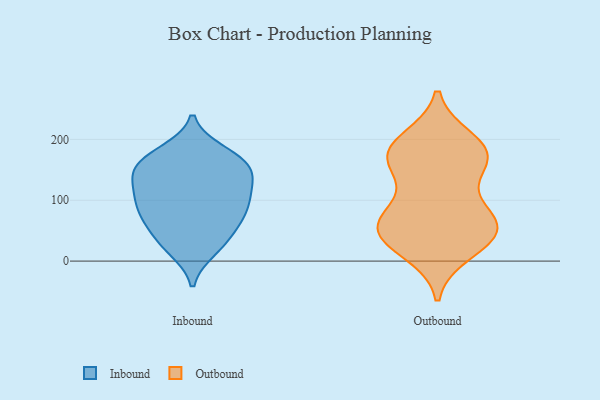
{"axis": {"x": "Inventory Turnover", "y": "Value"}, "legend": ["Inbound", "Outbound"], "data": [{"x": "", "y": 85, "type": "Inbound"}, {"x": "", "y": 69, "type": "Inbound"}, {"x": "", "y": 70, "type": "Inbound"}, {"x": "", "y": 153, "type": "Inbound"}, {"x": "", "y": 125, "type": "Inbound"}, {"x": "", "y": 165, "type": "Inbound"}, {"x": "", "y": 34, "type": "Inbound"}, {"x": "", "y": 142, "type": "Inbound"}, {"x": "", "y": 20, "type": "Inbound"}, {"x": "", "y": 124, "type": "Inbound"}, {"x": "", "y": 78, "type": "Inbound"}, {"x": "", "y": 163, "type": "Inbound"}, {"x": "", "y": 163, "type": "Inbound"}, {"x": "", "y": 30, "type": "Inbound"}, {"x": "", "y": 105, "type": "Inbound"}, {"x": "", "y": 178, "type": "Inbound"}, {"x": "", "y": 104, "type": "Inbound"}, {"x": "", "y": 43, "type": "Outbound"}, {"x": "", "y": 197, "type": "Outbound"}, {"x": "", "y": 181, "type": "Outbound"}, {"x": "", "y": 177, "type": "Outbound"}, {"x": "", "y": 164, "type": "Outbound"}, {"x": "", "y": 92, "type": "Outbound"}, {"x": "", "y": 60, "type": "Outbound"}, {"x": "", "y": 169, "type": "Outbound"}, {"x": "", "y": 51, "type": "Outbound"}, {"x": "", "y": 73, "type": "Outbound"}, {"x": "", "y": 41, "type": "Outbound"}, {"x": "", "y": 52, "type": "Outbound"}, {"x": "", "y": 167, "type": "Outbound"}, {"x": "", "y": 17, "type": "Outbound"}]}